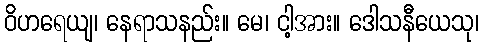
ဝိဟရေယျ၊ နေရာသနည်း။ မေ၊ ငါ့အား။ ဒေါသနီယေသု၊